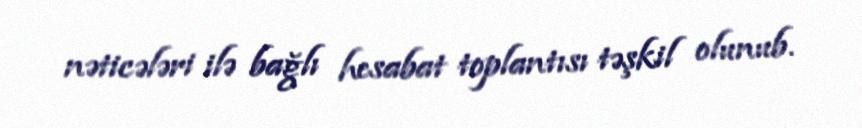
nəticələri ilə bağlı hesabat toplantısı təşkil olunub.